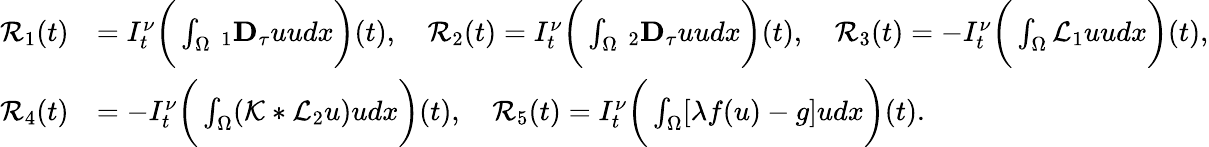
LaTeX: \begin{array}{rl}{\mathcal{R}_{1}(t)}&{=I_{t}^{\nu}\bigg(\int_{\Omega}\, _{1}\mathbf{D}_{\tau}uudx\bigg)(t),\quad\mathcal{R}_{2}(t)=I_{t}^{\nu}\bigg(\int_{\Omega}\, _{2}\mathbf{D}_{\tau}uudx\bigg)(t),\quad\mathcal{R}_{3}(t)=-I_{t}^{\nu}\bigg(\int_{\Omega}\mathcal{L}_{1}uudx\bigg)(t),}\\ {\mathcal{R}_{4}(t)}&{=-I_{t}^{\nu}\bigg(\int_{\Omega}(\mathcal{K}*\mathcal{L}_{2}u)udx\bigg)(t),\quad\mathcal{R}_{5}(t)=I_{t}^{\nu}\bigg(\int_{\Omega}[\lambda f(u)-g]udx\bigg)(t).}\end{array}